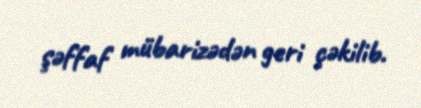
şəffaf mübarizədən geri çəkilib.